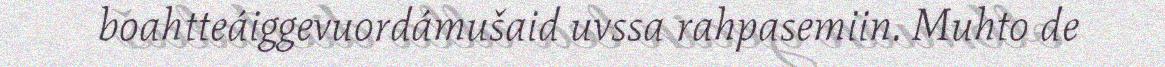
boahtteáiggevuordámušaid uvssa rahpasemiin. Muhto de